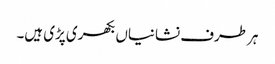
ہر طرف نشانیاں بکھری پڑی ہیں۔